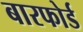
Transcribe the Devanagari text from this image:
बारफोर्ड